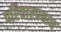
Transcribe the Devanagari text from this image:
परिवारप्रधान